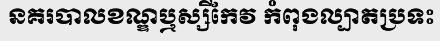
នគរបាលខណ្ឌឬស្សីកែវ កំពុងល្បាតប្រទះ